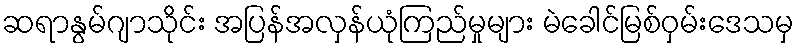
ဆရာနွမ်ဂျာသိုင်း အပြန်အလှန်ယုံကြည်မှုများ မဲခေါင်မြစ်ဝှမ်းဒေသမှ